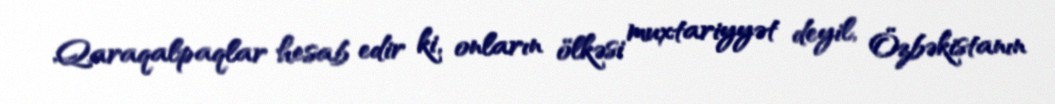
Qaraqalpaqlar hesab edir ki, onların ölkəsi muxtariyyət deyil, Özbəkistanın